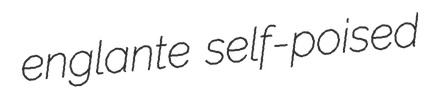
englante self-poised